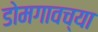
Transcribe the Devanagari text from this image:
डोमगावच्या